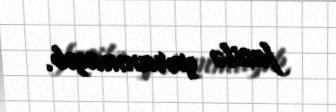
fasilə yaranmayıb.